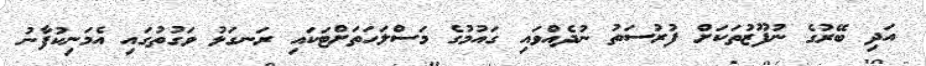
އަދި ބޭރުގެ ނުފޫޒުތަކަށް ފުރުސަތު ނުދެއްވައި ގައުމުގެ މަސްލަހަތަށްޓަކައި ރަނގަޅު ވަގުތުގައި އެމަނިކުފާނު